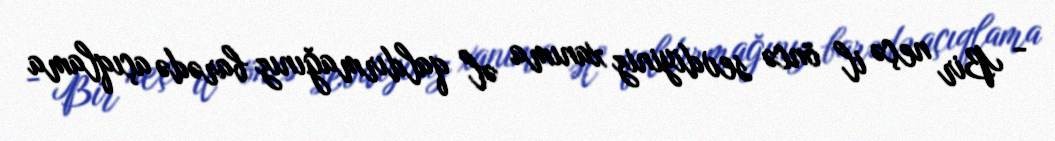
- Bir neçə il öncə sevdiyiniz xanıma əl qaldırmağınız barədə açıqlama